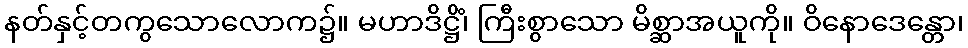
နတ်နှင့်တကွသောလောက၌။ မဟာဒိဋ္ဌိံ၊ ကြီးစွာသော မိစ္ဆာအယူကို။ ဝိနောဒေန္တော၊